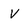
Character: V